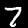
Digit: 7